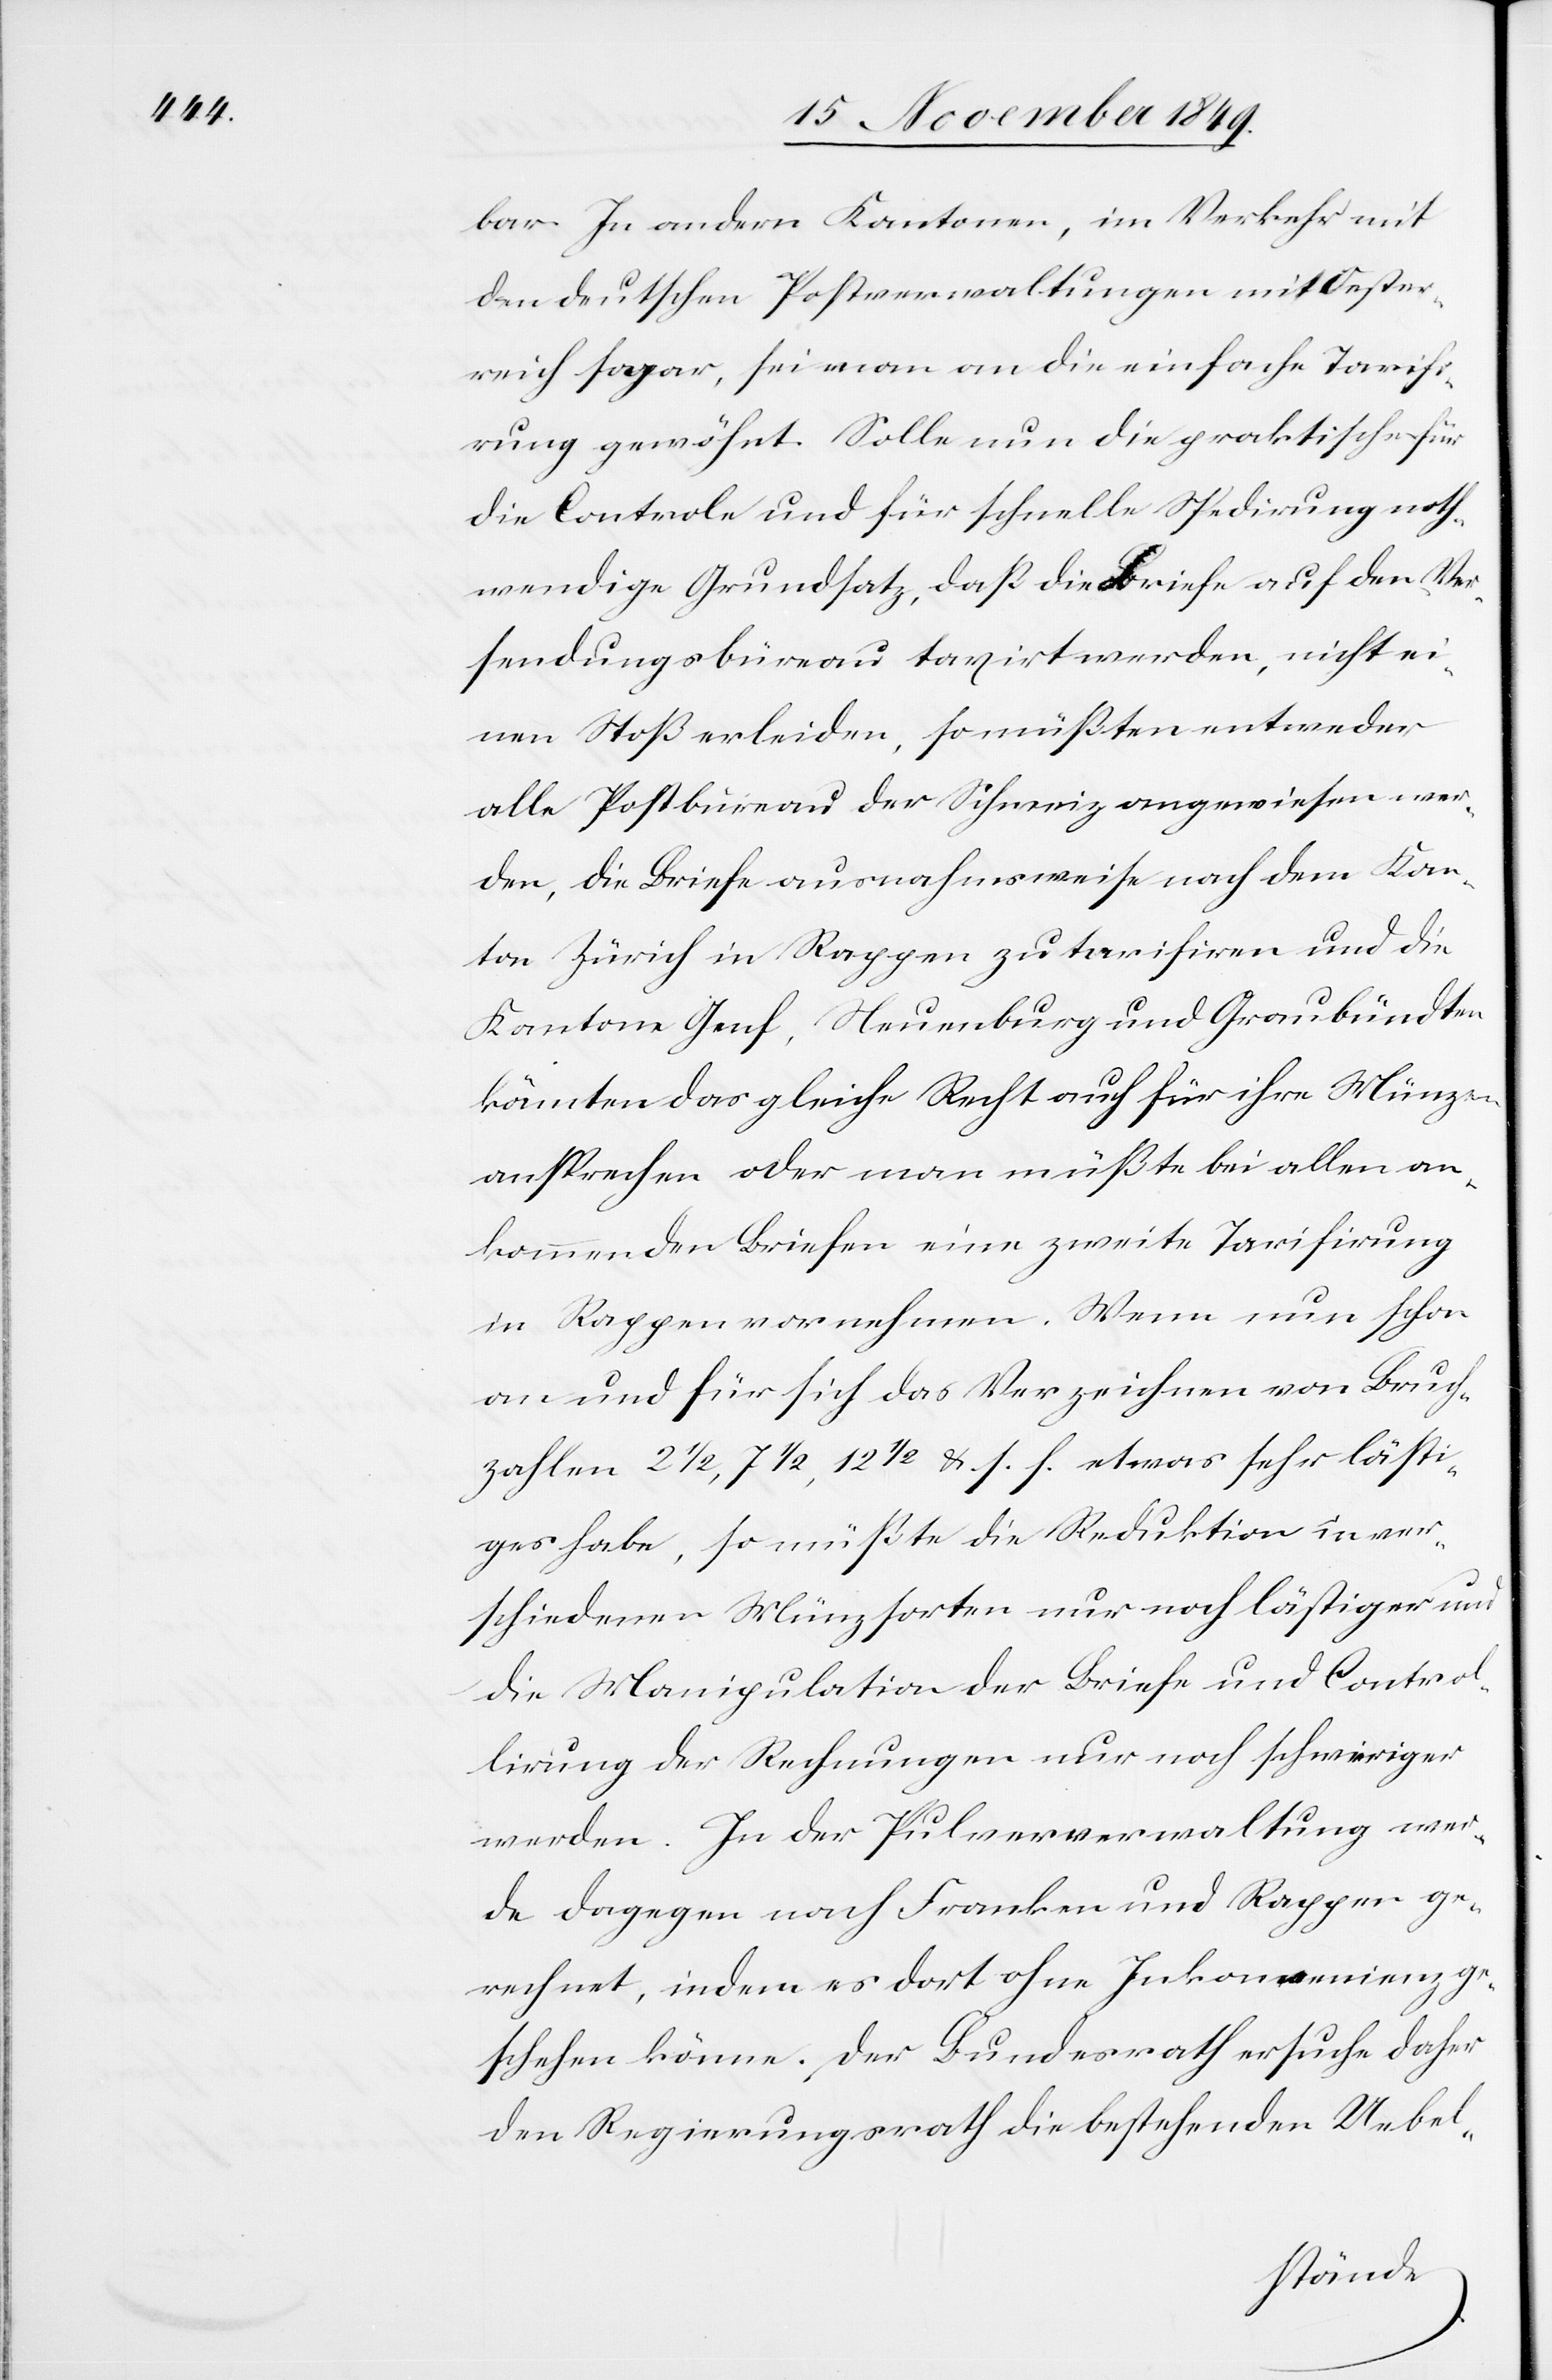
bar. In andern Kantonen, im Verkehr mit
den deutschen Postverwaltungen mit Oester¬
reich sogar, sei man an die einfache Tarifi¬
rung gewöhnt. Solle nun die [sic!] praktische für
die Controle und für schnelle Spedirung noth¬
wendige Grundsatz, daß die Briefe auf den Ver¬
sendungsbüreau taxirt werden, nicht ei¬
nen Stoß erleiden, so müßten entweder
alle Postbüreau der Schweiz angewiesen wer¬
den, die Briefe ausnahmsweise nach dem Kan¬
ton Zürich in Rappen zu tarifiren und die
Kantone Genf, Neuenburg und Graubündten
könnten das gleiche Recht auf für ihre Münzen
ansprechen oder man müßte bei allen an¬
kommenden Briefen eine zweite Tarifirung
in Rappen vornehmen. Wenn nun schon
an und für sich das Verzeichnen von Buch¬
zahlen 21/2, 71/2, 121/2 u. s. f. etwas sehr lästi¬
ges habe, so müßte die Reduktion ver¬
schiedener Münzsorten nur noch lästiger und
die Manipulation der Briefe und Contro¬
lirung der Rechnungen nur noch schwieriger
werden. In der Pulververwaltung wer¬
de dagegen nach Franken und Rappen ge¬
rechnet, indem es dort ohne Inkonvenienz ge¬
schehen könne. Der Bundesrath ersuche daher
den Regierungsrath die bestehenden Uebel-